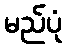
မည်ပုံ